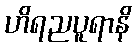
ဟိရညပူရာနိ